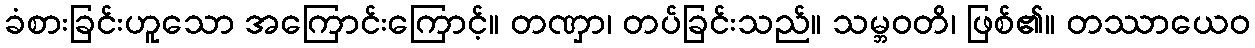
ခံစားခြင်းဟူသော အကြောင်းကြောင့်။ တဏှာ၊ တပ်ခြင်းသည်။ သမ္ဘဝတိ၊ ဖြစ်၏။ တဿာယေဝ